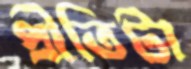
প্রীতিটা